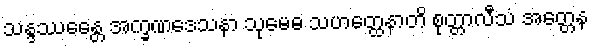
သန္ဒဿေန္တေ အက္ခဏဒေသနာ သုမေဓ သဟတ္ထေနာတိ စုတ္တာလီသံ အတ္တေန